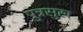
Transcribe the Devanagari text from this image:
पुत्रसुख